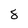
Character: 8